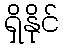
ရှိနိုင်